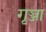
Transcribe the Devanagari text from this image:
गृञ्जा